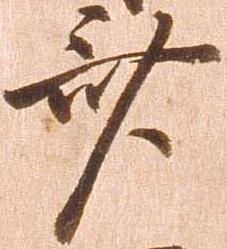
斎